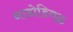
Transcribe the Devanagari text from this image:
नाडोडिगळ